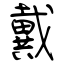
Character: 戴